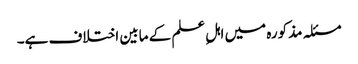
مسئلہ مذکورہ میں اہلِ علم کے مابین اختلاف ہے۔